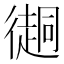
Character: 𢖂